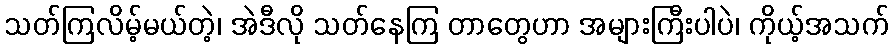
သတ်ကြလိမ့်မယ်တဲ့၊ အဲဒီလို သတ်နေကြ တာတွေဟာ အများကြီးပါပဲ၊ ကိုယ့်အသက်